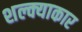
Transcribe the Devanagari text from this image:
शल्क्याकार